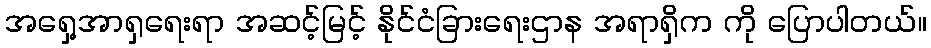
အရှေ့အာရှရေးရာ အဆင့်မြင့် နိုင်ငံခြားရေးဌာန အရာရှိက ကို ပြောပါတယ်။